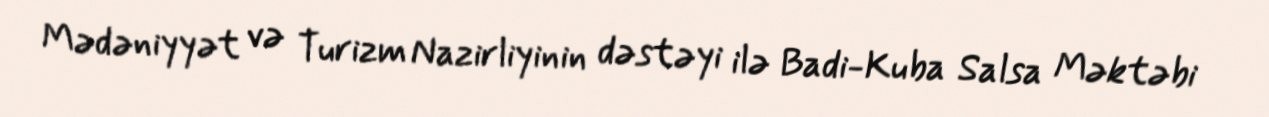
Mədəniyyət və Turizm Nazirliyinin dəstəyi ilə Badi-Kuba Salsa Məktəbi